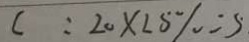
c : 2 0 \times 2 5 \% = 5